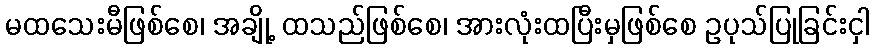
မထသေးမီဖြစ်စေ၊ အချို့ ထသည်ဖြစ်စေ၊ အားလုံးထပြီးမှဖြစ်စေ ဥပုသ်ပြုခြင်းငှါ